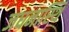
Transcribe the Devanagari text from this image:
जघनास्थि